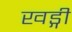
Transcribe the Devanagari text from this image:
खड्गी